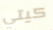
كيتي